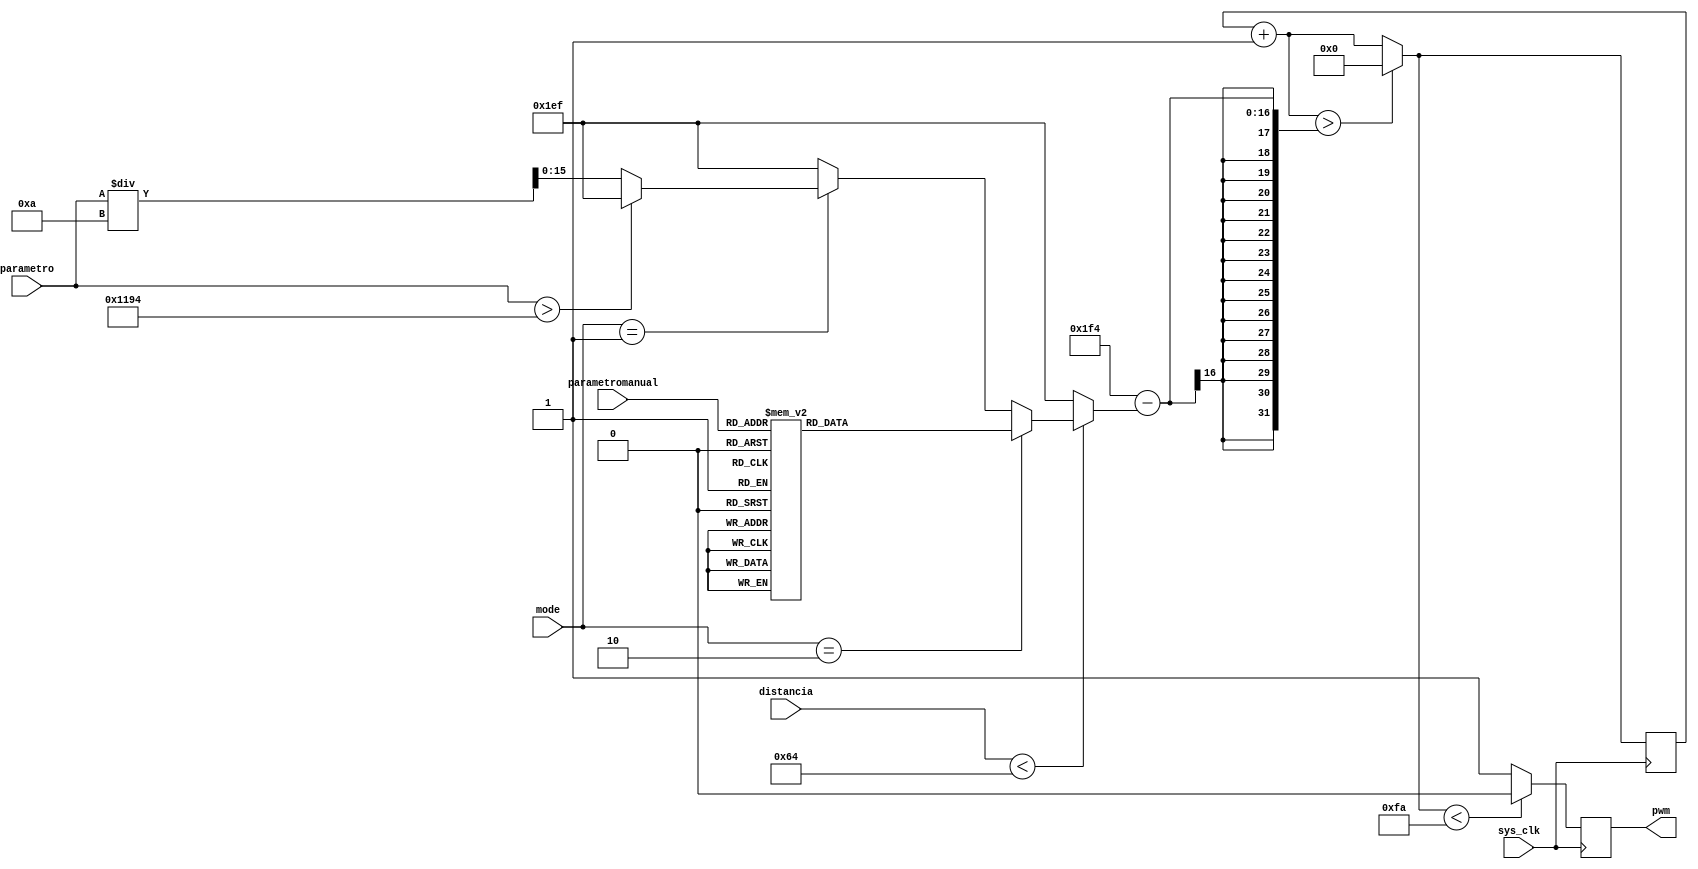
module led(mode, sys_clk, pwm, parametro, parametromanual, distancia);

input [9:0] distancia;
input[15:0] parametro;
input [3:0] mode;
input [3:0] parametromanual;

wire [15:0]param = parametro/'d10;

reg [15:0] numero;

input sys_clk;
output reg pwm;
reg [27:0] contador = 0;
parameter lms = 250;

always @(posedge sys_clk) begin

	contador = contador + 1;
	if (contador>500-numero)begin
		contador=0;
		pwm = ~pwm;
		end
		if (contador<lms) pwm =0;
	else pwm = 1;
	
end

always @(*) begin

	if(distancia<'d100)begin
		if (mode == 4'b0010) begin
		case (parametromanual)
		9:numero <= 'd40;
		8:numero <= 'd120;
		7:numero <= 'd180;
		6:numero <= 'd210;
		5:numero <= 'd230;
		4:numero <= 'd240;
		3:numero <= 'd247;
		2:numero <= 'd250;
		default begin
		numero <= 'd495;
		end
		endcase
	end
		else if (mode == 4'b0001)begin
			if(parametro>4500)begin
				numero <= 'd495;
			end
			else
				numero <= param;
			
		end
		else
			numero <= 'd495;
		end
	else numero <= 'd495;
end
endmodule